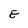
Character: E